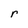
Character: r